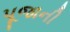
પૂજાની